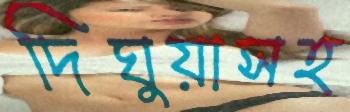
দিঘুয়াসহ